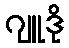
ဂျူဒို